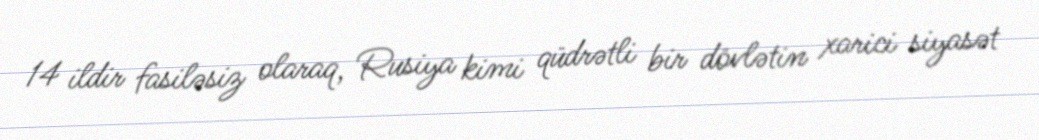
14 ildir fasiləsiz olaraq, Rusiya kimi qüdrətli bir dövlətin xarici siyasət